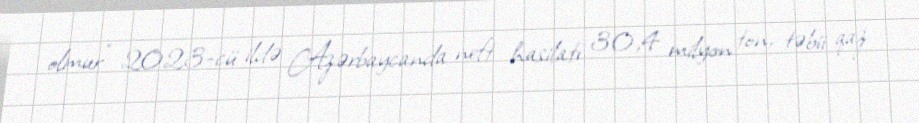
olmur” 2023-cü ildə Azərbaycanda neft hasilatı 30,4 milyon ton, təbii qaz